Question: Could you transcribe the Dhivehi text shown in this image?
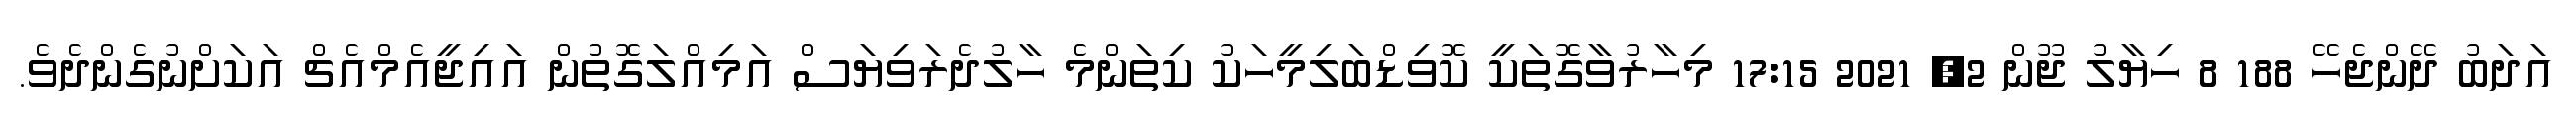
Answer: އަދަބު ދޭންޖެހޭ 188 8 ހިޔާލު ޖޫން 2, 2021 17:15 މިހާރުވާގޮތަކީ ކޮވިޑްބަލިމީހަކު ކިތަންމެ ހާލުދެރަވިޔަސް އަމިއްލަގޮތުން އައިޖީއެމްއެޗް އަކަށްނުގެންދެވެ.